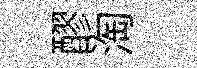
醪淘